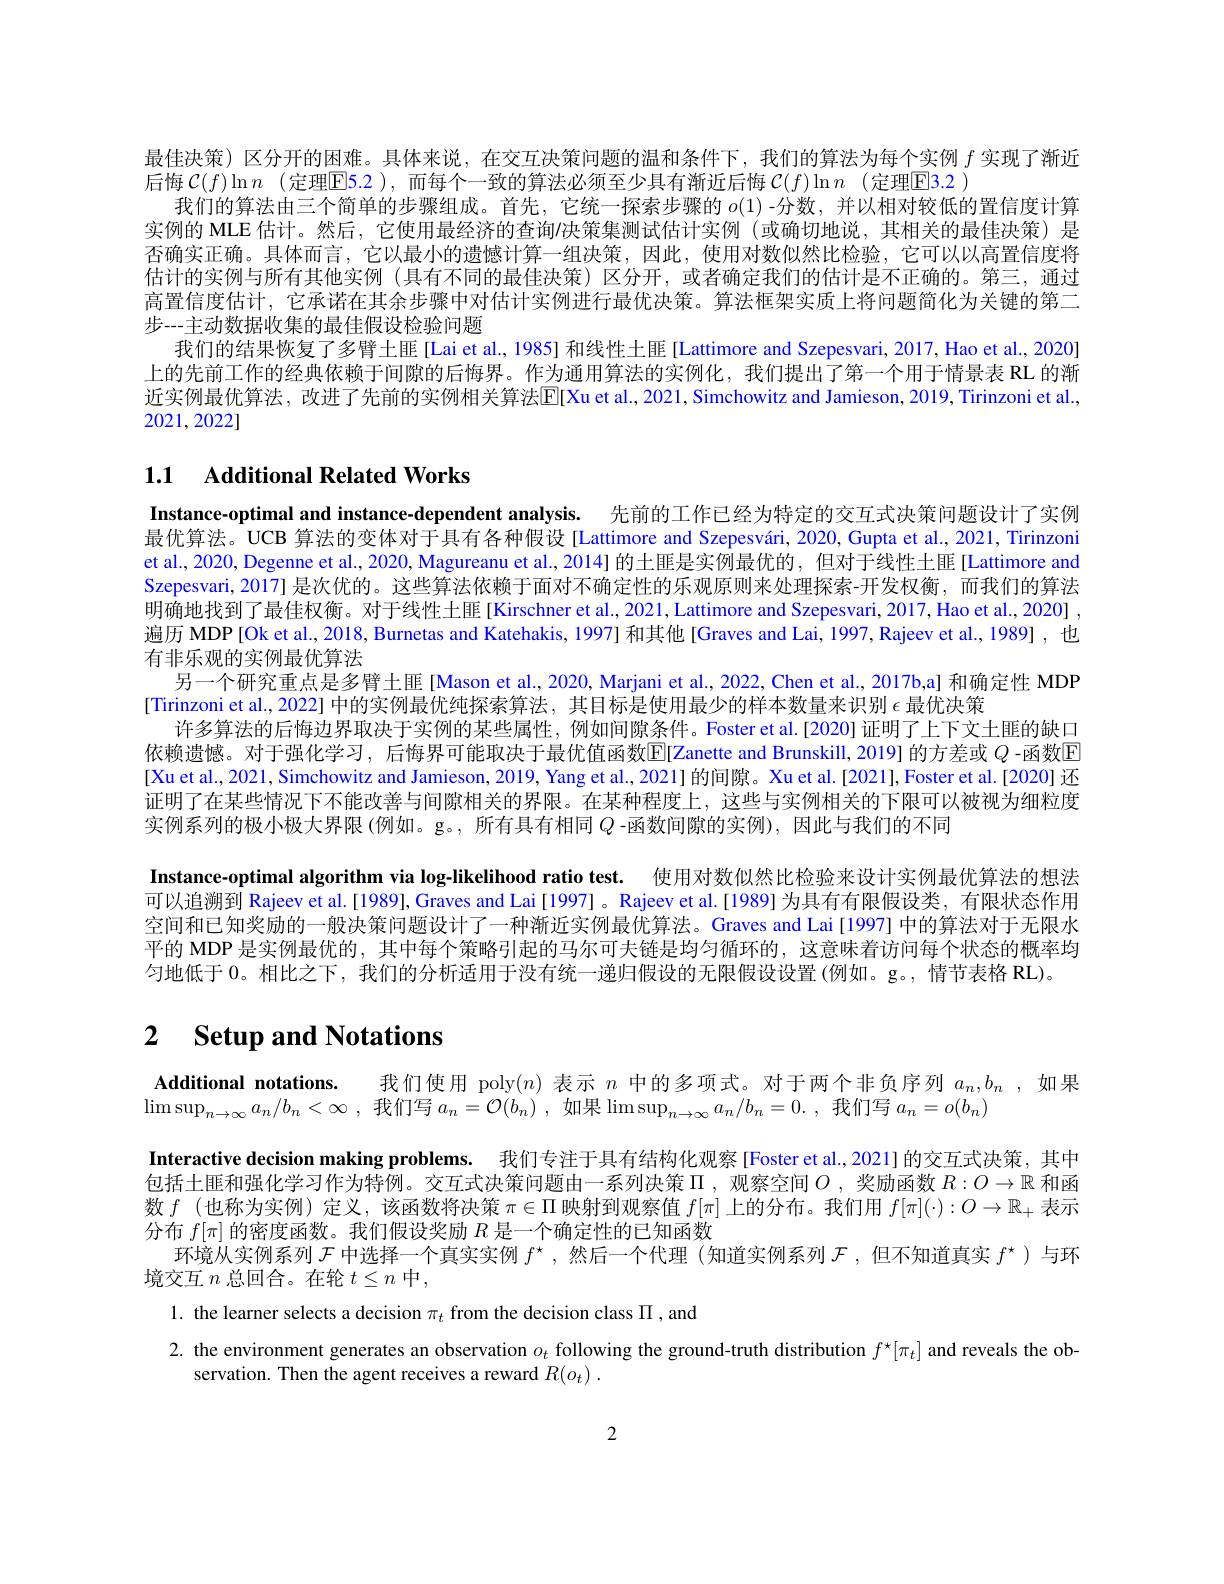
最佳决策)区分开的困难。具体来说，在交互决策问题的温和条件下，我们的算法为每个实例$f$实现了渐近
后悔$\mathcal{C}(f)\ln n$ (定理$\mathsf{E}$5.2 ),而每个一致的算法必须至少具有渐近后悔$\mathcal{C}(f)\ln n$ (定理$\mathsf{E}$3.2 )
我们的算法由三个简单的步骤组成。首先，它统一探索步骤的$o(1)$ -分数，并以相对较低的置信度计算实例的 MLE 估计。然后，它使用最经济的查询$\prime$决策集测试估计实例 (或确切地说，其相关的最佳决策) 是否确实正确。具体而言，它以最小的遗憾计算一组决策，因此，使用对数似然比检验，它可以以高置信度将估计的实例与所有其他实例(具有不同的最佳决策)区分开，或者确定我们的估计是不正确的。第三，通过高置信度估计，它承诺在其余步骤中对估计实例进行最优决策。算法框架实质上将问题简化为关键的第二步---主动数据收集的最佳假设检验问题
我们的结果恢复了多臂土匪[Lai et al., 1985] 和线性土匪[Lattimore and Szepesvari, 2017, Hao et al., 2020] 上的先前工作的经典依赖于间隙的后悔界。作为通用算法的实例化，我们提出了第一个用于情景表 RL 的渐近实例最优算法，改进了先前的实例相关算法E[Xu et al., 2021, Simchowitz and Jamieson, 2019, Tirinzoni et al., 2021,2022]

# 1.1 Additional Related Works

Instance-optimal and instance-dependent analysis. 先前的工作已经为特定的交互式决策问题设计了实例最优算法。UCB 算法的变体对于具有各种假设 [Lattimore and Szepesvári, 2020, Gupta et al., 2021, Tirinzoni et al., 2020, Degenne et al., 2020, Magureanu et al., 2014] 的土匪是实例最优的，但对于线性土匪 [Lattimore and Szepesvari,2017]是次优的。这些算法依赖于面对不确定性的乐观原则来处理探索-开发权衡，而我们的算法明确地找到了最佳权衡。对于线性土匪[Kirschner et al., 2021, Lattimore and Szepesvari, 2017, Hao et al.., 2020] , 遍历 MDP [Ok et al., 2018, Burnetas and Katehakis, 1997] 和其他 [Graves and Lai, 1997, Rajeev et al., 1989] , 也有非乐观的实例最优算法
另一个研究重点是多臂土匪[Mason et al., 2020, Marjani et al., 2022, Chen et al., 2017b,a] 和确定性 MDP
[Tirinzoni et al., 2022] 中的实例最优纯探索算法 , 其目标是使用最少的样本数量来识别$\epsilon$最优决策
许多算法的后悔边界取决于实例的某些属性，例如间隙条件。Foster et al.[2020] 证明了上下文土匪的缺口依赖遗憾。对于强化学习，后悔界可能取决于最优值函数E[Zanette and Brunskill, 2019] 的方差或 $Q$ -函数E [Xu et al., 2021, Simchowitz and Jamieson, 2019, Yang et al., 2021] 的间隙。Xu et al.[2021], Foster et al.[2020] 还证明了在某些情况下不能改善与间隙相关的界限。在某种程度上，这些与实例相关的下限可以被视为细粒度实例系列的极小极大界限(例如。g。, 所有具有相同$Q$ -函数间隙的实例), 因此与我们的不同
Instance-optimal algorithm via log-likelihood ratio test. 使用对数似然比检验来设计实例最优算法的想法可以追溯到 Rajeev et al.[1989],Graves and Lai [1997] 。Rajeev et al.[1989] 为具有有限假设类，有限状态作用空间和已知奖励的一般决策问题设计了一种渐近实例最优算法。Graves and Lai[1997] 中的算法对于无限水平的 MDP 是实例最优的，其中每个策略引起的马尔可夫链是均匀循环的，这意味着访问每个状态的概率均匀地低于0。相比之下，我们的分析适用于没有统一递归假设的无限假设设置(例如。g。,情节表格 RL)。

# 2 $\textbf{Setup and Notations}$

Additional notations. 我们使用 poly$(n)$表示$n$中的多项式。对于两个非负序列$a_n,b_n$ ,如果
$\operatorname*{limsup}_{n\to\infty}a_n/b_n<\infty$ ,我们写$a_n=\mathcal{O}(b_n)$ ,如果$\operatorname*{limsup}_n\to\infty a_n/b_n=0.$我们写$a_n=o(b_n)$
Interactive decision making problems. 我们专注于具有结构化观察[Foster et al.,2021] 的交互式决策，其中包括土匪和强化学习作为特例。交互式决策问题由一系列决策$\Pi$,观察空间$O$ ,奖励函数$R:O\to\mathbb{R}$和函数$f$ (也称为实例)定义，该函数将决策$\pi\in\Pi$映射到观察值$f[\pi]$上的分布。我们用$f[\pi](\cdot):O\to\mathbb{R}_+$表示分布$f[\pi]$的密度函数。我们假设奖励$R$是一个确定性的已知函数
环境从实例系列$\mathcal{F}$中选择一个真实实例$f^\star$,然后一个代理 (知道实例系列$\mathcal{F}$,但不知道真实$f^\star)$与环
境交互$n$总回合。在轮$t\leq n$中，
1. the learner selects a decision $\pi_t$ from the decision class $\Pi$,and
2. the environment generates an observation $o_t$ following the ground-truth distribution $f^\star[\pi_t]$ and reveals the ob-
servation. Then the agent receives a reward $R( o_{t})$ .

2